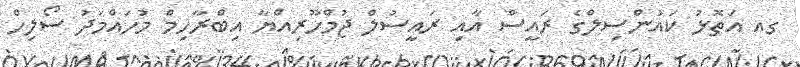
ގއ އަތޮޅު ކައުންސިލްގެ ރައީސް އާއި ރައީސުލް ޖުމްހޫރިއްޔާ އިބްރާހިމް މުހައްމަދު ސޯލިހް